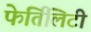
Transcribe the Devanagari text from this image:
फेर्तिलिटी